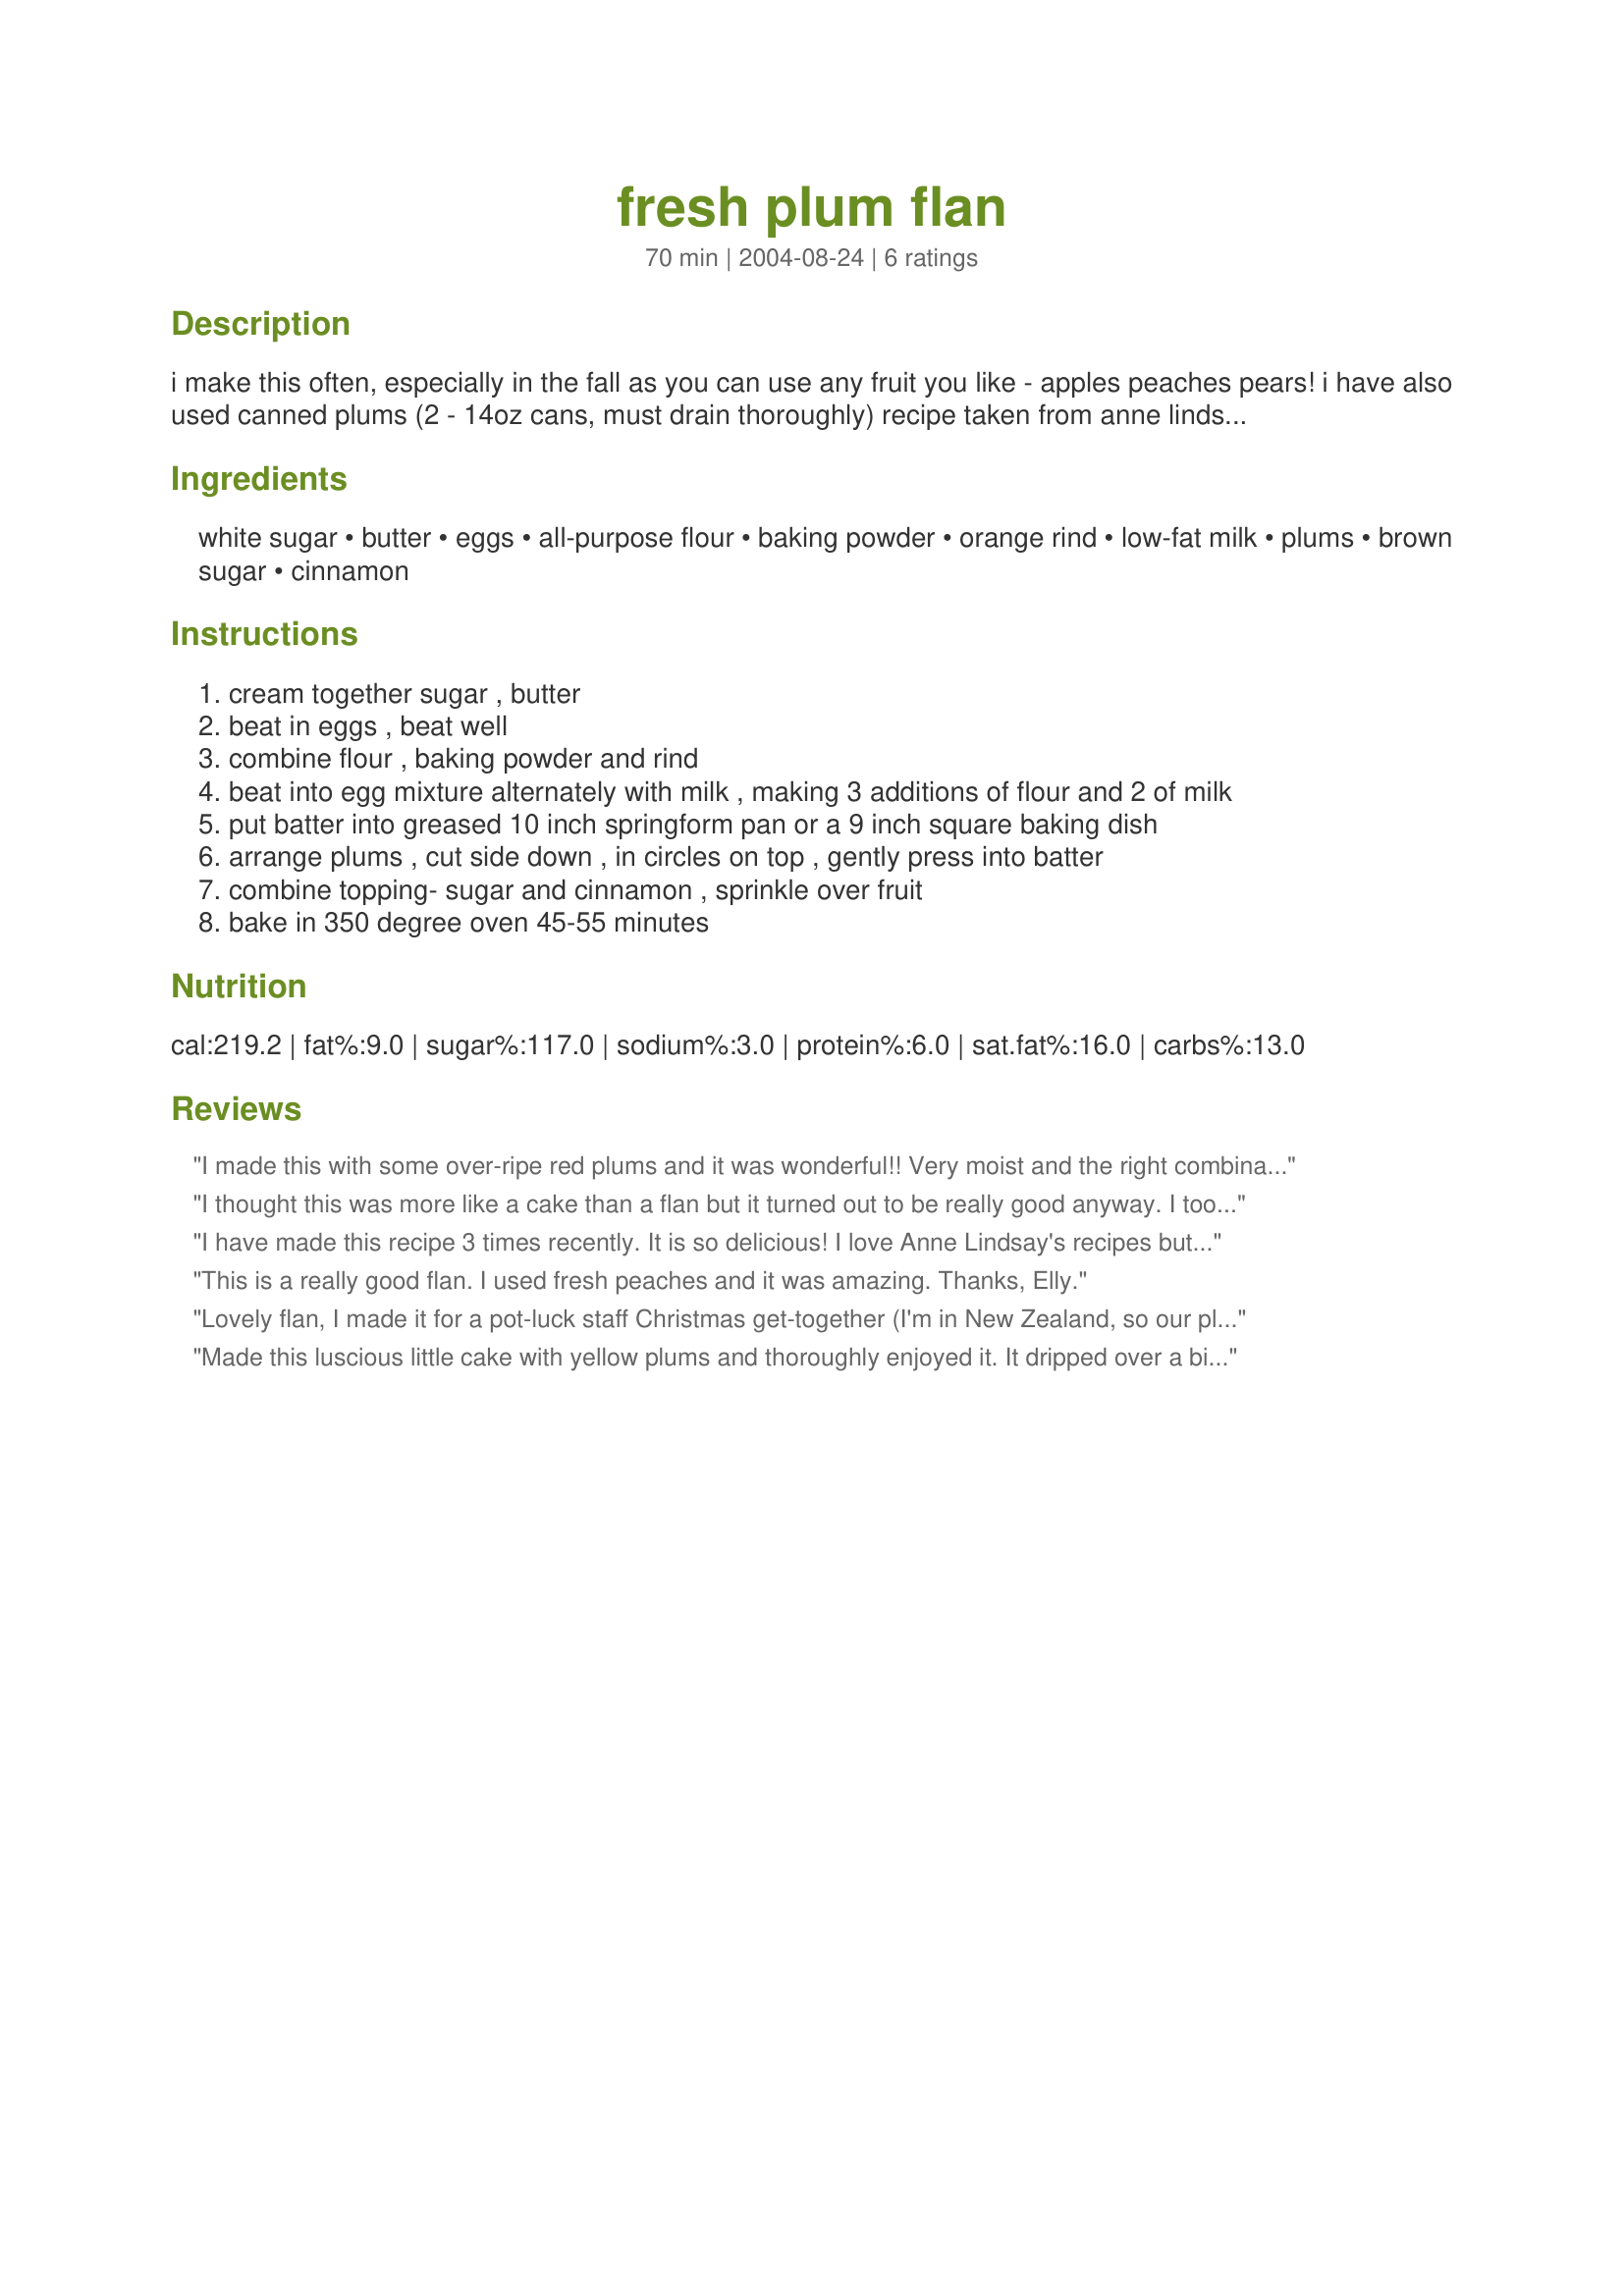
fresh plum flan
Preparation time: 70 minutes

i make this often, especially in the fall as you can use any fruit you like - apples peaches pears! i have also used canned plums (2 - 14oz cans, must drain thoroughly) recipe taken from anne lindsay's light kitchen cookbook.

Ingredients:
white sugar, butter, eggs, all-purpose flour, baking powder, orange rind, low-fat milk, plums, brown sugar, cinnamon

Steps:
cream together sugar , butter
beat in eggs , beat well
combine flour , baking powder and rind
beat into egg mixture alternately with milk , making 3 additions of flour and 2 of milk
put batter into greased 10 inch springform pan or a 9 inch square baking dish
arrange plums , cut side down , in circles on top , gently press into batter
combine topping- sugar and cinnamon , sprinkle over fruit
bake in 350 degree oven 45-55 minutes

Reviews:
I made this with some over-ripe red plums and it was wonderful!! Very moist and the right combination of sweet and tart. Easy to make and the ingredients are always on hand. I added 1 tsp. of vanilla to the batter and cut the plums in wedges. I can't wait to try it with other fall fruits. Thanks for the great recipe
I thought this was more like a cake than a flan but it turned out to be really good anyway. I took a bit of a risk as I'd already stewed my plums and I was afraid that it wouldn't cook because of the juiciness. Funnnily enough it didn't even need 45 minutes! Thanks for the recipe!
I have made this recipe 3 times recently. It is so delicious! I love Anne Lindsay's recipes but had not seen this one before. I used Italian prune plums for the top and divided the cake batter into two small foil pans and after baking froze the extra for another time. It works great! You defrost the cake and serve at room temp or warm it a bit in the oven if you like. Great with a little dollop of low fat vanilla yogurt on top too. Thanks for sharing this one Elly.
This is a really good flan. I used fresh peaches and it was amazing. Thanks, Elly.
Lovely flan, I made it for a pot-luck staff Christmas get-together (I'm in New Zealand, so our plum tree was laden :o)
I am making it again today, have cut down on the sugar in the topping - and upped the lemon rind in the base, because I love lemons. Thanks for sharing this wonderful recipe, I'm sure I will make it often.
Made this luscious little cake with yellow plums and thoroughly enjoyed it. It dripped over a bit in the oven so you might want to place your baking pan on a cookie sheet to protect the oven from spill-overs if you use a 9" round cake tin. I subbed 1/2 cup Splenda for some of the sugar and it seemed to work just fine. I found 45 minutes to be just the right baking time. I'm making another one tomorrow for the neighbors, Elly. Outstanding recipe.
